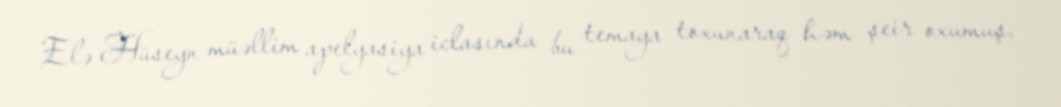
Elə Hüseyn müəllim apelyasiya iclasında bu temaya toxunaraq həm şeir oxumuş,